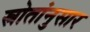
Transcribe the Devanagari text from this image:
स्रोतांनुसार